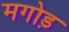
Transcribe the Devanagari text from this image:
मगोड़